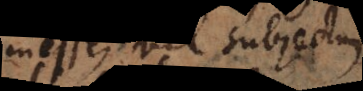
inesse, vel subjectum